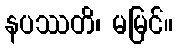
နပဿတိ၊ မမြင်။